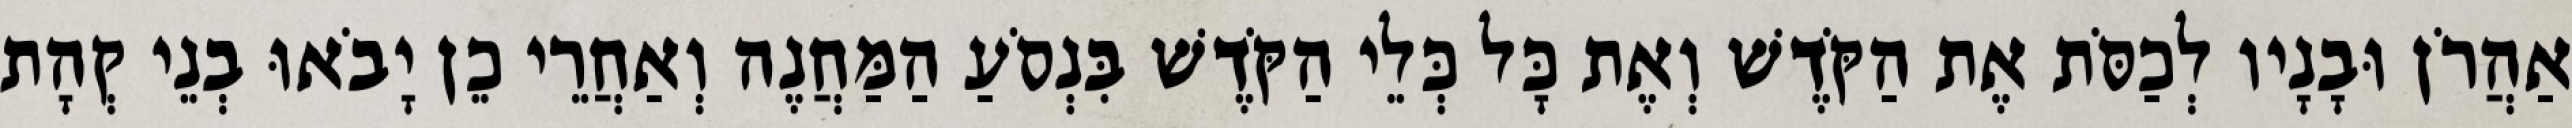
אַהֲרֹן וּבָנָיו לְכַסֹּת אֶת הַקֹּדֶשׁ וְאֶת כָּל כְּלֵי הַקֹּדֶשׁ בִּנְסֹעַ הַמַּחֲנֶה וְאַחֲרֵי כֵן יָבֹאוּ בְנֵי קְהָת